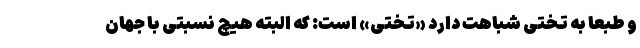
و طبعا به تختی شباهت دارد «تختی» است: که البته هیچ نسبتی با جهان